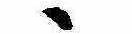
ゝ